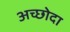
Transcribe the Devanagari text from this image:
अच्छोदा